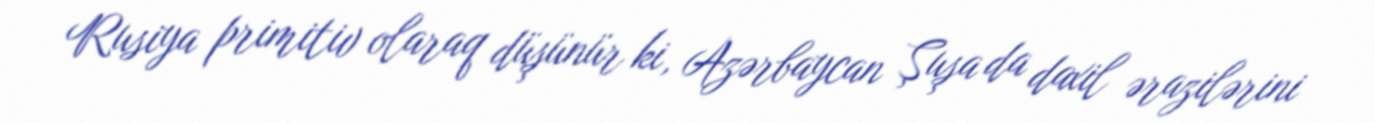
Rusiya primitiv olaraq düşünür ki, Azərbaycan Şuşa da daxil ərazilərini